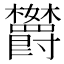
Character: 𬅘